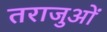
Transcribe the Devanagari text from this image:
तराजुओं